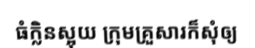
ធំក្លិនស្អុយ ក្រុមគ្រួសារក៏សុំឲ្យ